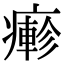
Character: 𤺋